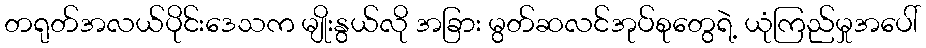
တရုတ်အလယ်ပိုင်းဒေသက မျိုးနွယ်လို အခြား မွတ်ဆလင်အုပ်စုတွေရဲ့ ယုံကြည်မှုအပေါ်